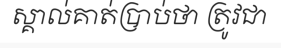
ស្គាល់គាត់ប្រាប់ថា ត្រូវជា